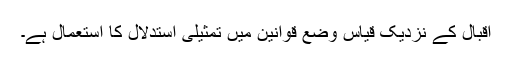
اقبال کے نزدیک قیاس وضع قوانین میں تمثیلی استدلال کا استعمال ہے۔